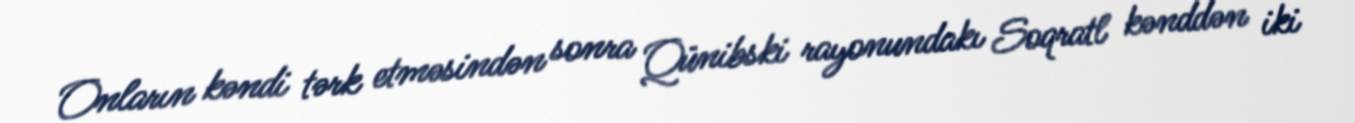
Onların kəndi tərk etməsindən sonra Qünibski rayonundakı Soqratl kənddən iki